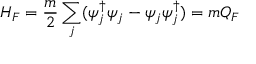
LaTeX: H _ { F } = \frac { m } { 2 } \sum _ { j } ( \psi _ { j } ^ { \dagger } \psi _ { j } - \psi _ { j } \psi _ { j } ^ { \dagger } ) = m Q _ { F }